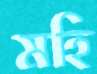
মহি